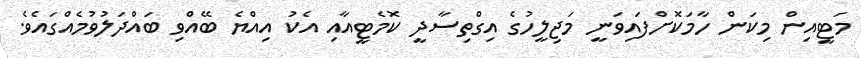
މަޓީއިން މިކަން ހާމަކޮށްފައިވަނީ މަޖިލީހުގެ އިގްތިސާދީ ކޮމެޓީއާއި އެކު އިއްޔެ ބޭއްވި ބައްދަލުވުމެއްގައެވެ.